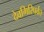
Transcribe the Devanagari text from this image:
देवगिरिपर्वत